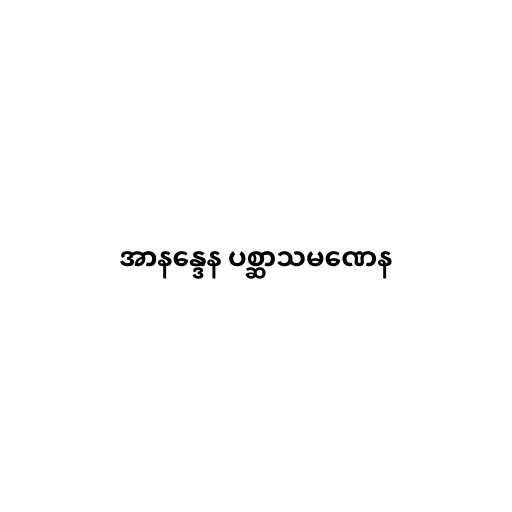
အာနန္ဒေန ပစ္ဆာသမဏေန